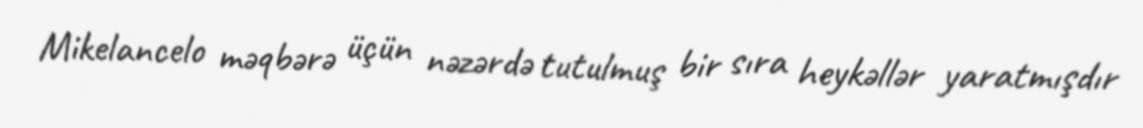
Mikelancelo məqbərə üçün nəzərdə tutulmuş bir sıra heykəllər yaratmışdır